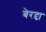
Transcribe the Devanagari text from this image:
बेरद्दा